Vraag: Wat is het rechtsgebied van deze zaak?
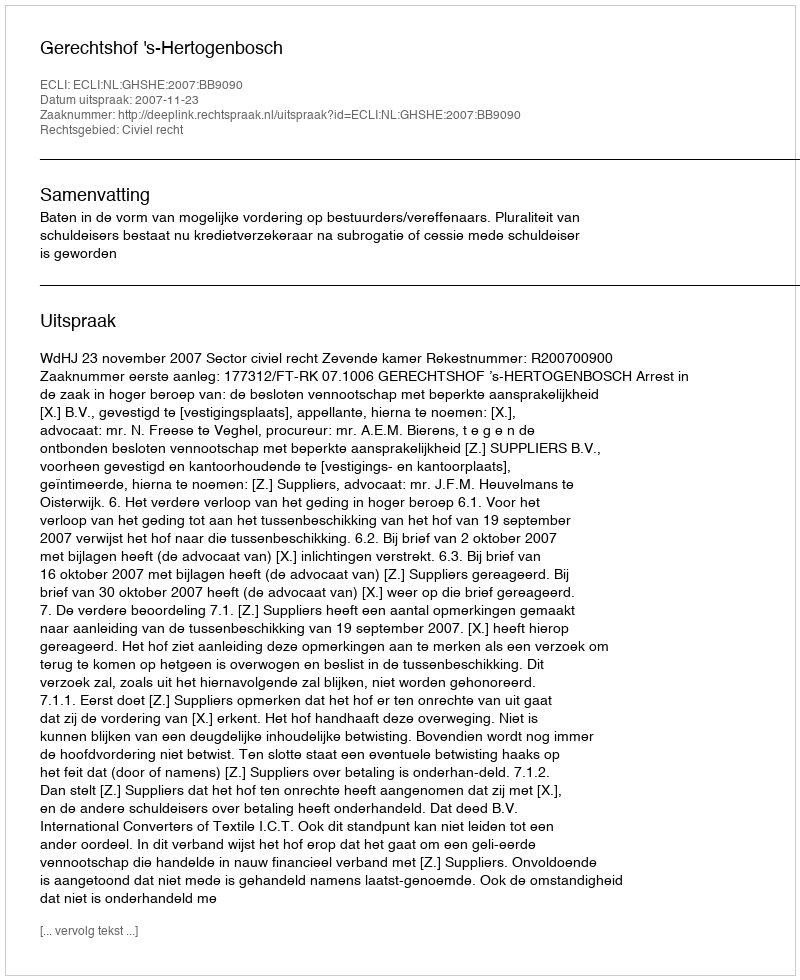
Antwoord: Civiel recht